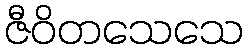
ဇီဝိတသေသေ